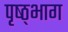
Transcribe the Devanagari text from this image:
पृष्ठ्भाग